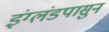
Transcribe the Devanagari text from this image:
इंग्लंडपासुन